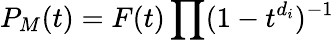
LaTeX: P_{M}(t)=F(t)\prod(1-t^{d_{i}})^{-1}